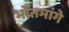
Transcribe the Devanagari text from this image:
भोतमांगे